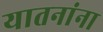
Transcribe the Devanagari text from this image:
यातनांना